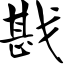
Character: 戡